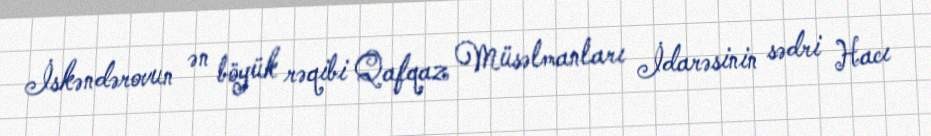
İskəndərovun ən böyük rəqibi Qafqaz Müsəlmanları İdarəsinin sədri Hacı